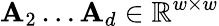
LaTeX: \mathbf{A}_{2}\ldots\mathbf{A}_{d}\in\mathbb{R}^{w\times w}